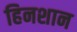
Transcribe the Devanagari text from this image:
हिनशान